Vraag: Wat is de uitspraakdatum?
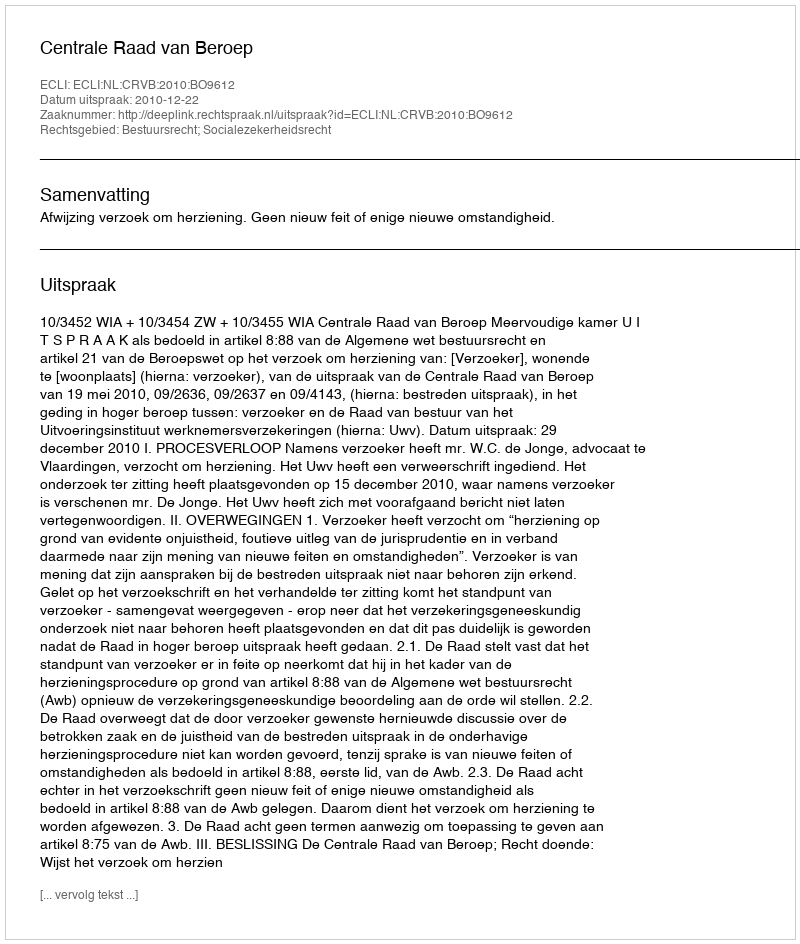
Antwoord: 2010-12-22